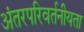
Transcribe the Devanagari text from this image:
अंतरपरिवर्तनीयता